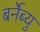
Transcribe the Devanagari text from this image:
बर्नेब्यु